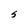
Character: S